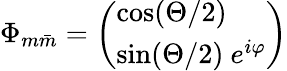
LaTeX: \Phi_{m\bar{m}}=\left(\begin{array}{l}{{\cos(\Theta/2)}}\\ {{\sin(\Theta/2)~e^{i\varphi}}}\end{array}\right)